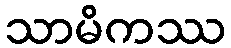
သာမိကဿ